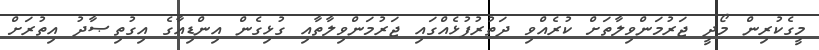
މީގެކުރިން މޯދީ ޖަރުމަންވިލާތަށް ކުރެއްވި ދަތުރުފުޅެއްގައި ޖަރުމަންވިލާތާއި ގުޅިގެން އިންޑިއާގެ އިގުތިޞާދު އިތުރަށް